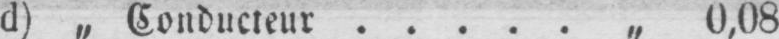
d) „ Conducteur ..... „ 0,08